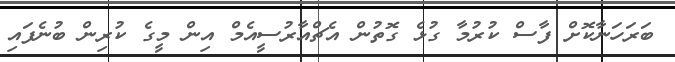
ބަރަހަނާކޮށް ފާސް ކުރުމާ ގުޅެ ގޮތުން އެޗްއާރުސީއެމް އިން މީގެ ކުރިން ބުނެފައި